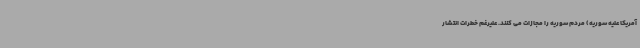
آمریکا علیه سوریه) مردم سوریه را مجازات می کنند. علیرغم خطرات انتشار